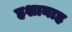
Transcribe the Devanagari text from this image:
हशानाह